Leaving Certificate Examination, 1922
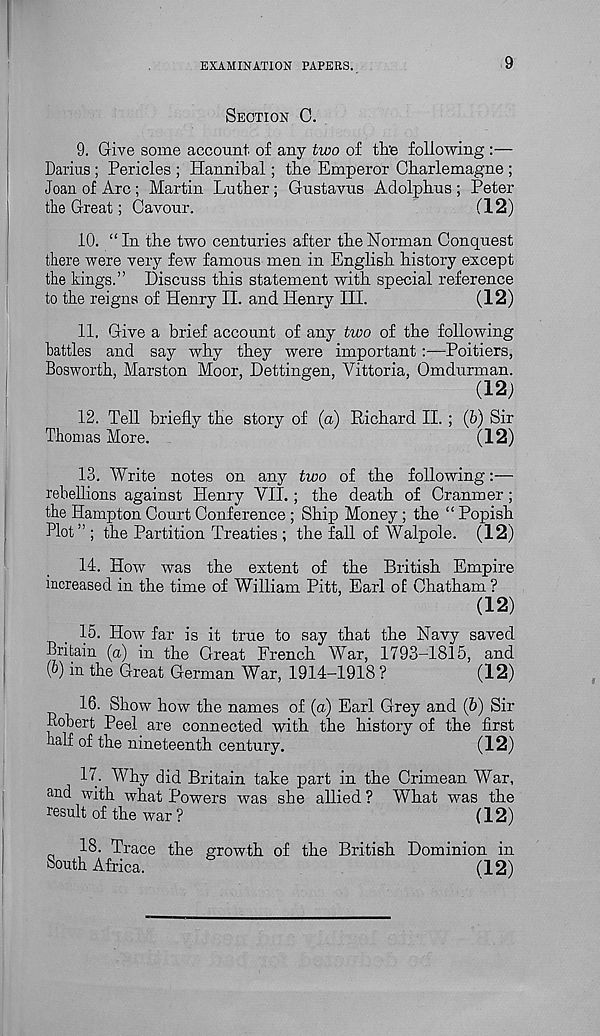
EXAMINATION PAPERS.
9
SECTION C.
9. Give some account of any two of th'e following :—
Darius ; Pericles ; Plannibal; the Emperor Charlemagne ;
Joan of Arc ; Martin Lutber; Gustavus Adolphus ; Peter
the Great; Cavour.
(12)
10. “ In the two centuries after the Norman Conquest
there were very few famous men in English history except
the kings.” Discuss this statement with special reference
to the reigns of Henry II. and Henry III.
(12)
11. Give a brief account of any two of the following
battles and say why they were important:—Poitiers,
Bosworth, Marston Moor, Dettingen, Vittoria, Omdurman.
(12)
12. Tell briefly the story of (a) Richard II. ; (b) Sir
Thomas More.
(12)
13. Write notes on any two of the following
rebellions against Henry VII.; the death of Cranmer ;
the Hampton Court Conference ; Ship Money; the “ Popish
Plot” ; the Partition Treaties ; the fall of Walpole. (12)
11. How was the extent of the British Empire
increased in the time of William Pitt, Earl of Chatham ?
(12)
15. How far is it true to say that the Navy saved
Britain (a) in the Great French War, 1793-1815, and
(0) in the Great German War, 1914-1918 ?
(12)
16. Show how the names of (a) Earl Grey and (5) Sir
Robert Peel are connected with the history of the first
half of the nineteenth century.
(12)
17. Why did Britain take part in the Crimean War,
and with what Powers was she allied ? What was the
result of the war ?
(12)
18. Trace the growth of the British Dominion in
South Africa.
(12)